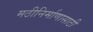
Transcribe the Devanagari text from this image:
मठीनिर्माणासाठी